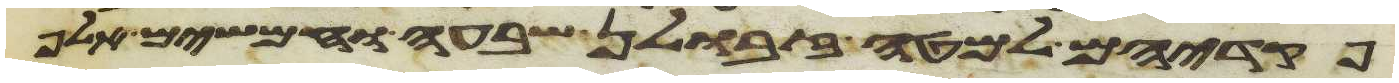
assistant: פקדיהם למטה זבולן שבעה וחמשים אלף